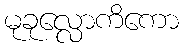
မုခုလ္လောကိကော